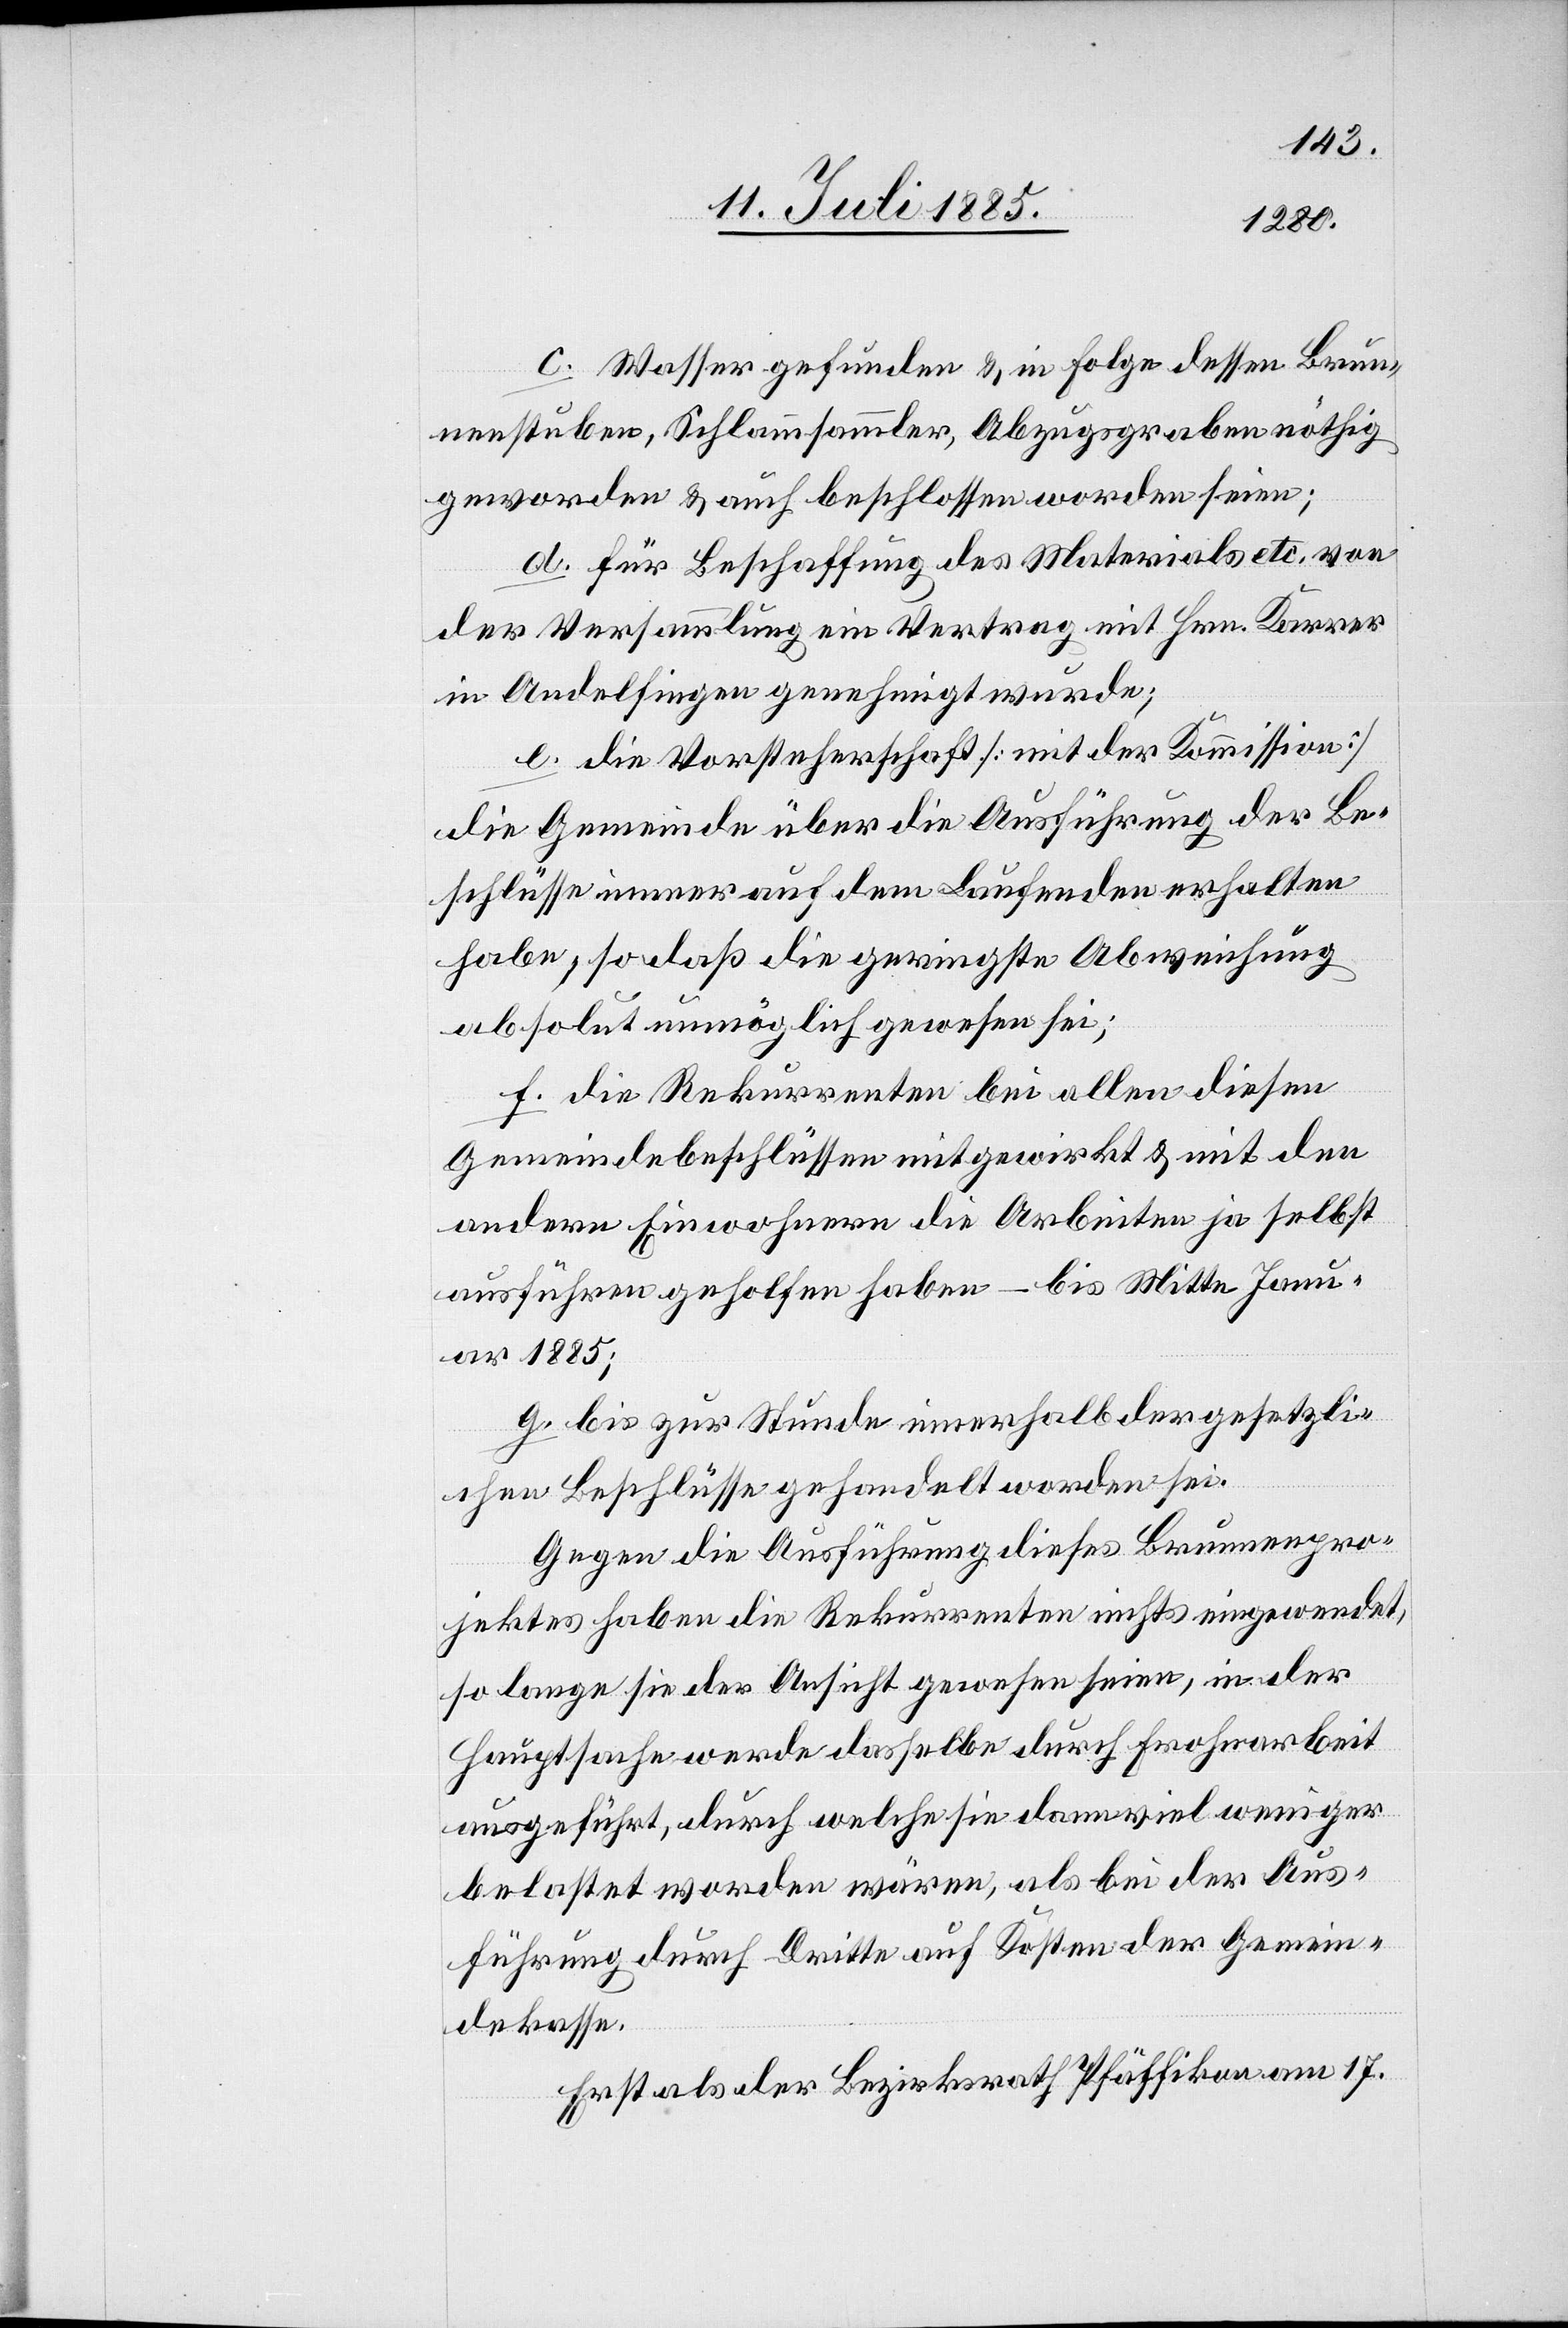
c. Wasser gefunden & in Folge dessen Brun¬
nenstuben, Schlammsammler, Abzugsgraben nöthig
geworden & auch beschlossen worden seien;
d. Für Beschaffung des Materials etc. von
der Versammlung ein Vertrag mit Hrn. Karrer
in Andelfingen genehmigt wurde;
e. die Vorsteherschaft [mit der Kommission]
die Gemeinde über die Ausführung der Be¬
schlüsse immer auf dem Laufenden erhalten
habe, so daß die geringste Abweichung
absolut unmöglich gewesen sei;
f. die Rekurrenten bei allen diesen
Gemeindebeschlüssen mitgewirkt & mit den
andern Einwohnern die Arbeiten ja selbst
ausführen geholfen haben – bis Mitte Jan¬
uar 1885;
g. bis zur Stunde innerhalb der gesetzli¬
chen Beschlüsse gehandelt worden sei.
Gegen die Ausführung dieses Brunnenpro¬
jektes haben die Rekurrenten nichts eingewendet,
so lange sie der Ansicht gewesen seien, in der
Hauptsache werde dasselbe durch Frohnarbeit
ausgeführt, durch welche sie dann viel weniger
belastet worden wären, als bei der Aus¬
führung durch Dritte auf Kosten der Gemein¬
dekasse.
Erst als der Bezirksrath Pfäffikon am 17.